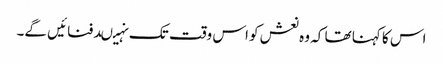
اس کا کہنا تھا کہ وہ نعش کو اس وقت تک نہیںدفنائیں گے۔